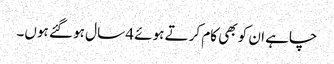
چاہے ان کو بھی کام کرتے ہوئے 4 سال ہو گئے ہوں۔